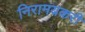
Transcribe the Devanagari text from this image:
निरामयकरी